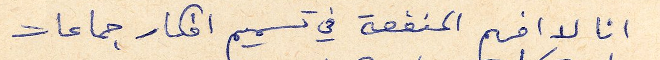
انا لا افهم المنفعة في تسميم افكار جماعات